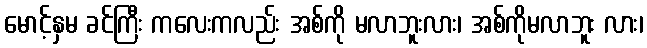
မောင့်နှမ ခင်ကြီး ကလေးကလည်း အစ်ကို မလာဘူးလား၊ အစ်ကိုမလာဘူး လား၊